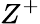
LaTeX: Z^{+}